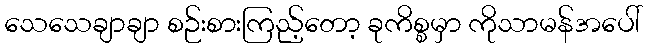
သေသေချာချာ စဉ်းစားကြည့်တော့ ခုကိစ္စမှာ ကိုသာမန်အပေါ်